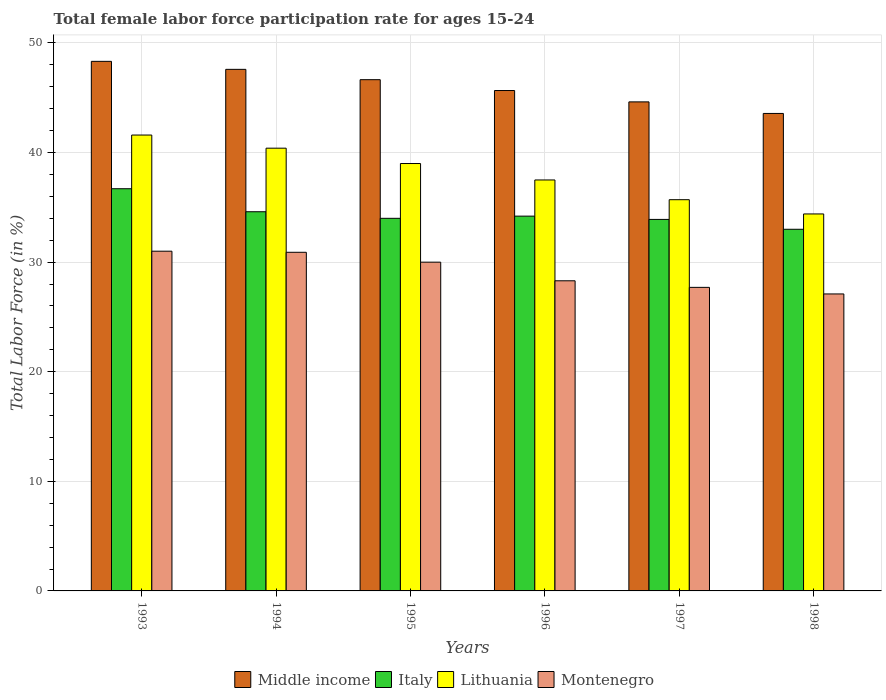
| Years | Middle income | Italy | Lithuania | Montenegro |
 | --- | --- | --- | --- | --- |
 | 1993 | 48.3 | 36.7 | 41.6 | 31 |
 | 1994 | 47.6 | 34.6 | 40.4 | 30.9 |
 | 1995 | 46.7 | 34 | 39 | 30 |
 | 1996 | 45.7 | 34.2 | 37.5 | 28.3 |
 | 1997 | 44.6 | 33.9 | 35.7 | 27.7 |
 | 1998 | 43.6 | 33 | 34.4 | 27.1 |